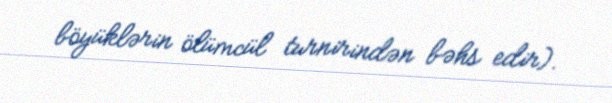
böyüklərin ölümcül turnirindən bəhs edir).